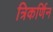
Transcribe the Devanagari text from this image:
त्रिकर्णिन